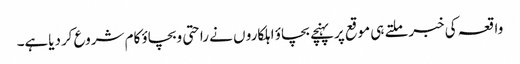
واقعہ کی خبرملتے ہی موقع پرپہنچے بچاؤ اہلکارو ں نے راحتی وبچاؤ کام شروع کردیاہے۔